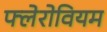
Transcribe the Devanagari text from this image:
फ्लेरोवियम